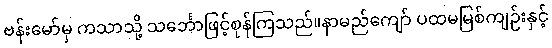
ဗန်းမော်မှ ကသာသို့ သင်္ဘောဖြင့်စုန်ကြသည်။နာမည်ကျော် ပထမမြစ်ကျဉ်းနှင့်